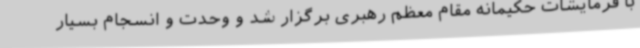
با فرمایشات حکیمانه مقام معظم رهبری برگزار شد و وحدت و انسجام بسیار